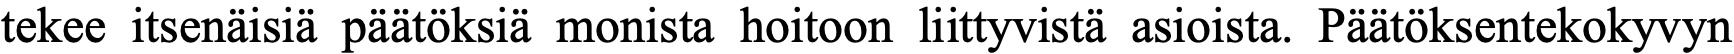
tekee itsenäisiä päätöksiä monista hoitoon liittyvistä asioista. Päätöksentekokyvyn